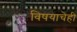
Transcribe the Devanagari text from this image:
विषयाचेही